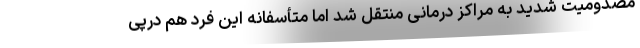
مصدومیت شدید به مراکز درمانی منتقل شد اما متأسفانه این فرد هم درپی